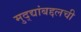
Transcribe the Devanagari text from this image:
मुद्द्यांबद्दलची